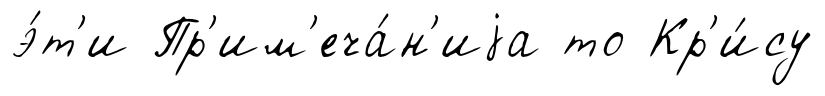
э́т'и Пр'им'еча́н'иjа то Кр'и́су